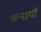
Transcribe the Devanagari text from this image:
कनायी